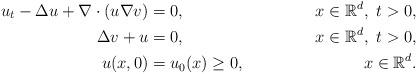
LaTeX: \begin{align*}u_t-\Delta u+\nabla\cdot(u\nabla v)&= 0,\ \ &x\in {\mathbb R}^d,\ t>0,\\ \Delta v+u &= 0,\ \ & x\in {\mathbb R}^d,\ t>0,\\u(x,0)&= u_0(x)\ge0,\ \ &x\in {\mathbb R}^d.\end{align*}